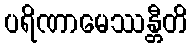
ပရိဏာမေဿန္တီတိ